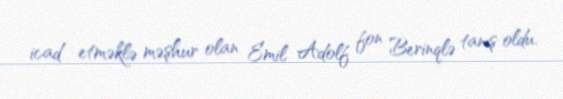
icad etməklə məşhur olan Emil Adolf fon Berinqlə tanış oldu.